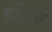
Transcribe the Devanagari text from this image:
हृषिता